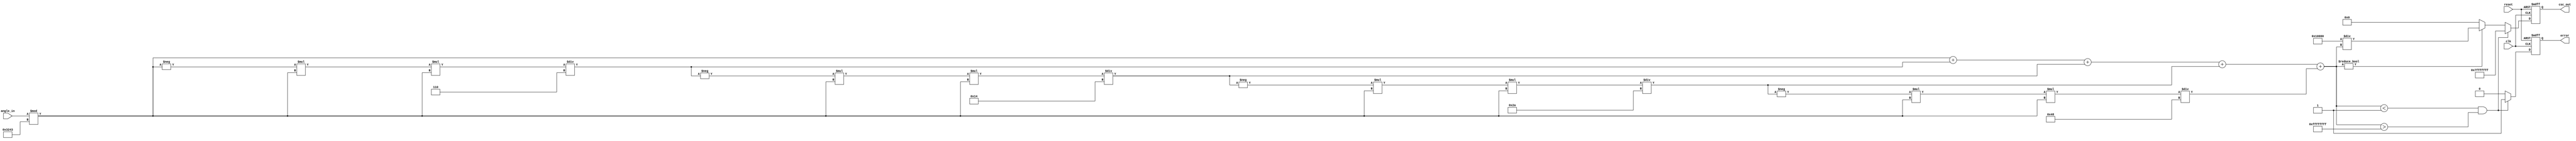
module csc_arithmetic_block (
    input wire clk,
    input wire reset,
    input wire [15:0] angle_in,  // Fixed-point representation of the angle (in radians)
    output reg [31:0] csc_out,    // Fixed-point representation of cosecant output
    output reg error              // Error flag for undefined cosecant
);

// Constants
parameter PI = 16'hC90F; // Approximation of  in fixed-point format
parameter TWO_PI = 16'h3243; // Approximation of 2 in fixed-point format
parameter THRESHOLD = 16'h0001; // Threshold for determining sine close to zero

// Internal signals
reg [15:0] normalized_angle;
reg [31:0] sine_value;
reg [31:0] reciprocal_sine_value;

// Sine approximation using Taylor series
function [31:0] compute_sine;
    input [15:0] angle;
    reg [31:0] sine;
    reg [31:0] term;
    integer i;
    begin
        sine = angle;  // First term: angle
        term = angle;  // Initialize term for calculations

        // Taylor series (limited terms for simplicity)
        for (i = 1; i < 5; i = i + 1) begin
            term = -term * angle * angle / (2 * i * (2 * i + 1)); // (n! term)
            sine = sine + term; // Add the term to sine
        end
        
        compute_sine = sine;
    end
endfunction

// Normalization of angle in the range [0, 2)
always @(*) begin
    normalized_angle = angle_in % TWO_PI;
end

// Main logic to calculate cosecant
always @(posedge clk or posedge reset) begin
    if (reset) begin
        csc_out <= 32'h00000000; // Reset output
        error <= 1'b0; // Clear error flag
    end else begin
        sine_value = compute_sine(normalized_angle);

        // Check for sine value near zero for error handling
        if (sine_value < THRESHOLD && sine_value > -THRESHOLD) begin
            csc_out <= 32'h7FFFFFFF; // Assign a predefined value for infinity or NaN
            error <= 1'b1; // Set error flag
        end else begin
            reciprocal_sine_value = 32'h00000000;
            // Perform reciprocal
            if (sine_value != 0) begin
                reciprocal_sine_value = (32'h00010000 / sine_value); // Fixed-point division, consider scaling
            end
            csc_out <= reciprocal_sine_value;
            error <= 1'b0; // Clear error flag
        end
    end
end

endmodule